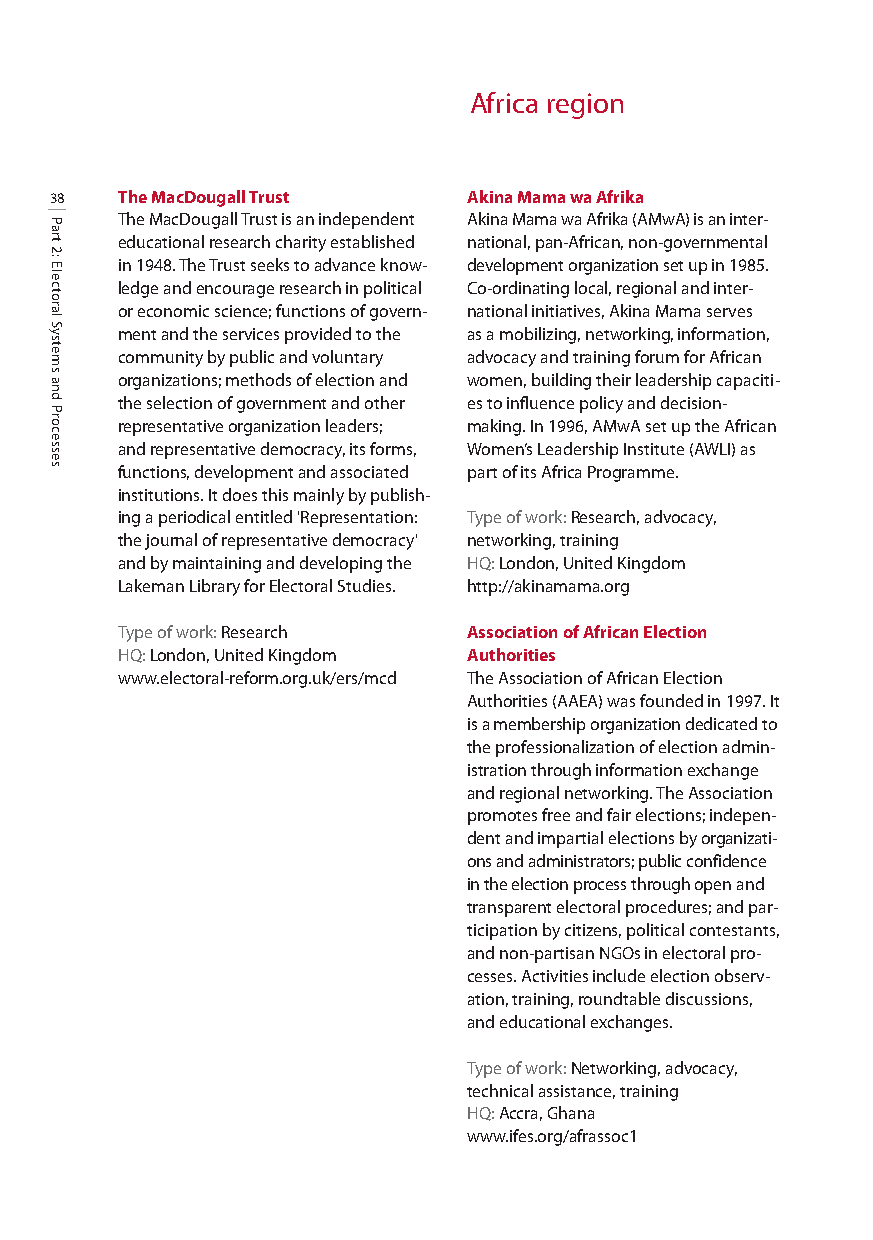
Africa region
 38   The MacDougall Trust   Akina Mama wa Afrika
 The MacDougall Trust is an independent Akina Mama wa Afrika (AMwA) is an inter-
 educational research charity established national, pan-African, non-governmental
 in 1948. The Trust seeks to advance know- development organization set up in 1985.
 ledge and encourage research in political Co-ordinating local, regional and inter-
 or economic science; functions of govern- national initiatives, Akina Mama serves
 ment and the services provided to the as a mobilizing, networking, information,
 community by public and voluntary advocacy and training forum for African
 organizations; methods of election and women, building their leadership capaciti-
 the selection of government and other es to influence policy and decision-
 representative organization leaders; making. In 1996, AMwA set up the African
 and representative democracy, its forms, Women’s Leadership Institute (AWLI) as
 functions, development and associated part of its Africa Programme.
 institutions. It does this mainly by publish-
 ing a periodical entitled 'Representation: Type of work: Research, advocacy,
 the journal of representative democracy' networking, training
 and by maintaining and developing the HQ:London, United Kingdom
 Lakeman Library for Electoral Studies. http://akinamama.org
 Type of work: Research Association of African Election
 HQ: London, United Kingdom Authorities
 www.electoral-reform.org.uk/ers/mcd The Association of African Election
 Authorities (AAEA) was founded in 1997. It
 is a membership organization dedicatedto
 the professionalization of election admin-
 istration through information exchange
 and regional networking. The Association
 promotes free and fair elections; indepen-
 dent and impartial elections by organizati-
 ons and administrators; publicconfidence
 in the election process throughopen and
 transparent electoral procedures; and par-
 ticipation by citizens, political contestants,
 and non-partisan NGOs in electoral pro-
 cesses. Activities include election observ-
 ation, training, roundtable discussions,
 and educational exchanges.
 Type of work: Networking, advocacy,
 technical assistance, training
 HQ:Accra, Ghana
 www.ifes.org/afrassoc1
 Part
 2:
 Electoral
 Systems
 and
 Processes